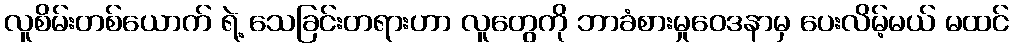
လူစိမ်းတစ်ယောက် ရဲ့ သေခြင်းတရားဟာ လူတွေကို ဘာခံစားမှုဝေဒနာမှ ပေးလိမ့်မယ် မထင်